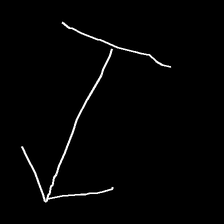
Glyph: levitation